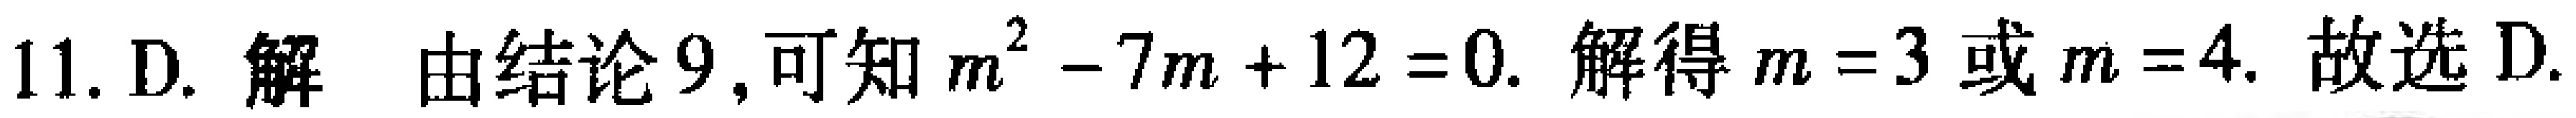
11. D. 解 由结论9, 可知 \(m^{2}-7m + 12 = 0\). 解得 \(m = 3\) 或 \(m = 4\). 故选D.